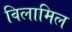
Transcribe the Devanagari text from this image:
विलामिल